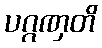
ပဂ္ဂဏှတိ